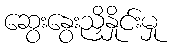
ဆွေးနွေးညှိနှိုင်းမှု